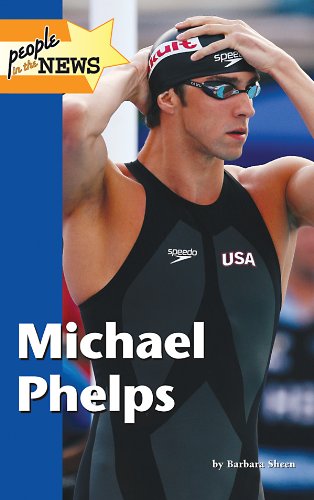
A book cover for Michael Phelps (People in the News); Barbara Sheen Busby; Teen & Young Adult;